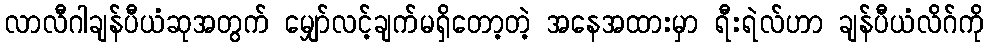
လာလီဂါချန်ပီယံဆုအတွက် မျှော်လင့်ချက်မရှိတော့တဲ့ အနေအထားမှာ ရီးရဲလ်ဟာ ချန်ပီယံလိဂ်ကို